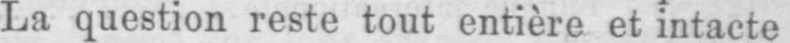
La question reste tout entière et intacte